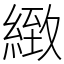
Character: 緻